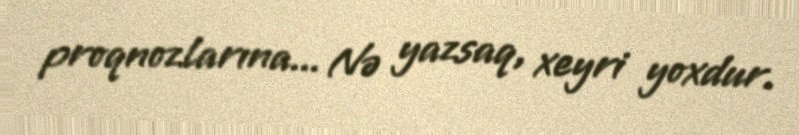
proqnozlarına... Nə yazsaq, xeyri yoxdur.